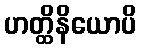
ဟတ္ထိနိယောပိ